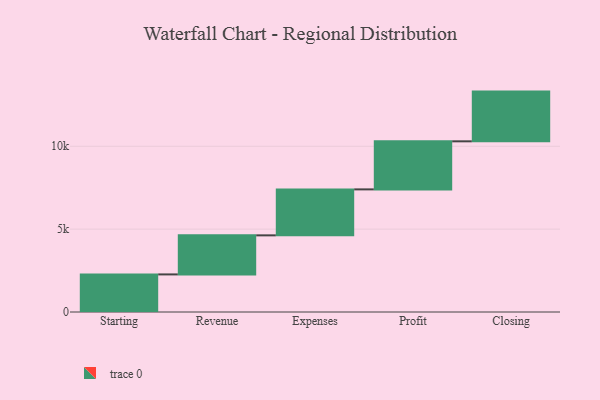
{"axis": {"x": "Step", "y": "Value"}, "legend": [""], "data": [{"x": "Starting", "y": 2268.0, "type": ""}, {"x": "Revenue", "y": 2357.0, "type": ""}, {"x": "Expenses", "y": 2774.0, "type": ""}, {"x": "Profit", "y": 2900.0, "type": ""}, {"x": "Closing", "y": 3000, "type": ""}]}